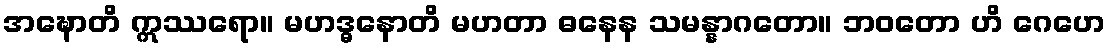
အဍ္ဎောတိ ဣဿရော။ မဟဒ္ဓနောတိ မဟတာ ဓနေန သမန္နာဂတော။ ဘဝတော ဟိ ဂေဟေ